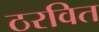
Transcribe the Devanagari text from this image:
ठरवित